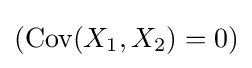
(\operatorname {Cov} (X_{1},X_{2})=0)